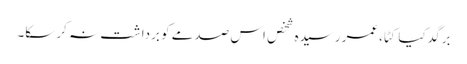
برگد کیا کٹا،عمر رسیدہ شخص اس صدمے کو برداشت نہ کر سکا۔